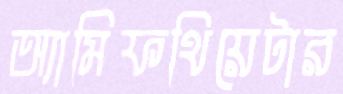
অ্যামিফথিয়েটার